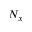
N _ { x }